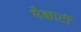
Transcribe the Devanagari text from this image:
मैक्कार्टी